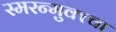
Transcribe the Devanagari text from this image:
स्मरन्मुक्त्वा